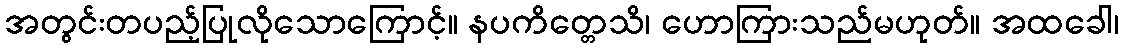
အတွင်းတပည့်ပြုလိုသောကြောင့်။ နပကိတ္တေသိ၊ ဟောကြားသည်မဟုတ်။ အထခေါ၊